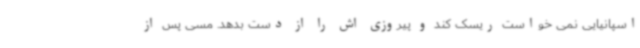
اسپانیایی نمی خواست ریسک کند و پیروزی اش را از دست بدهد. مسی پس از